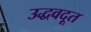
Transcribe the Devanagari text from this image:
उद्धवदूत